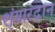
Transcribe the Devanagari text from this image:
शृंगारदान